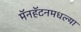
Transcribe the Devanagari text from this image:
मॅनहॅटनमधल्या